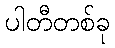
ပါတီတစ်ခု